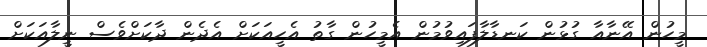
މީހުން އޭނާއާ ގުޅުން ކަނޑާލާފައިވުމުން އެމީހުން ގާތު އެހީއަކަށް އެދެން ދާކަށްވެސް ނީލާއަކަށް